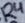
Text: R4